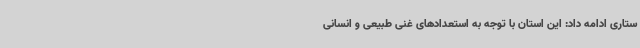
ستاری ادامه داد: این استان با توجه به استعدادهای غنی طبیعی و انسانی